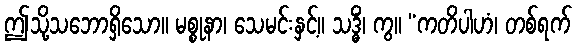
ဤသို့သဘောရှိသော။ မစ္စုနာ၊ သေမင်းနှင့်။ သဒ္ဓိံ၊ ကွ။ “ကတိပါဟံ၊ တစ်ရက်